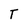
Character: T